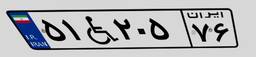
۵۱W۲۰۵۷۶